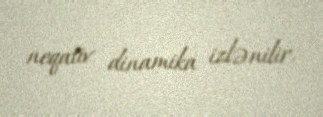
neqativ dinamika izlənilir.